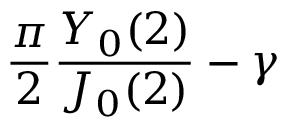
{ \frac { \pi } { 2 } } { \frac { Y _ { 0 } ( 2 ) } { J _ { 0 } ( 2 ) } } - \gamma